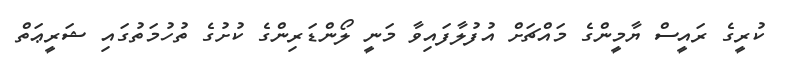
ކުރީގެ ރައީސް ޔާމީންގެ މައްޗަށް އުފުލާފައިވާ މަނީ ލޯންޑަރިންގެ ކުށުގެ ތުހުމަތުގައި ޝަރީޢަތް